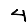
Digit: 4